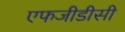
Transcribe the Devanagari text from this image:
एफजीडीसी